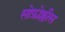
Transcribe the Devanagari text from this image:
सोफ़ोक्लीस